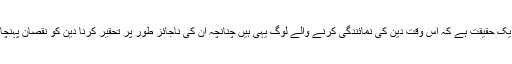
اسی طرح یہ بھی ایک حقیقت ہے کہ اس وقت دین کی نمائندگی کرنے والے لوگ یہی ہیں چنانچہ ان کی ناجائز طور پر تحقیر کرنا دین کو نقصان پہنچانے کے برابر ہے۔